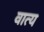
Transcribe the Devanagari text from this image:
वात्य